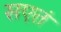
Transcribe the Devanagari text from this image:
सएतं